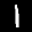
Label: 1